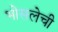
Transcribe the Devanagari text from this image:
भोसलेची